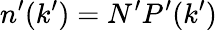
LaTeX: n^{\prime}(k^{\prime})=N^{\prime}P^{\prime}(k^{\prime})